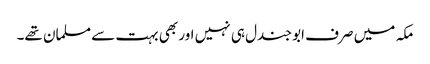
مکہ میں صرف ابو جندل ہی نہیں اور بھی بہت سے مسلمان تھے۔